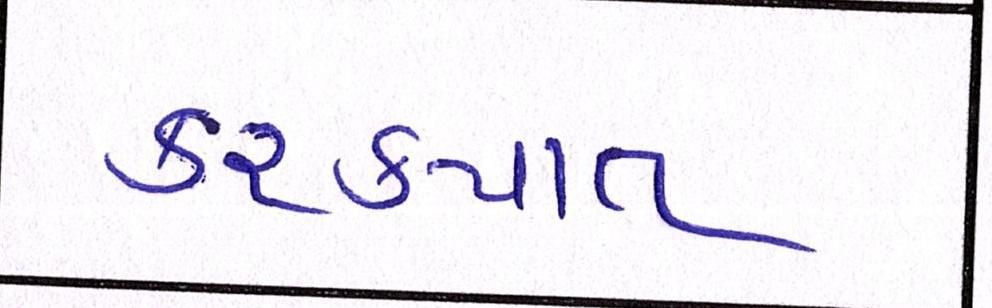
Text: કરકપાત